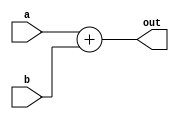
module test(
	input [2:0] a,
	input [2:0] b,
	output reg [3:0] out
);
always @( * )begin
	out=a+b;
end

endmodule